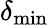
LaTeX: \delta_{\mathrm{min}}